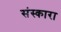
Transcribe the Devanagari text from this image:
संस्कारा